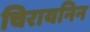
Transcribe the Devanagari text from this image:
चिरायनिन